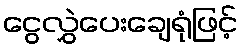
ငွေလွှဲပေးချေရုံဖြင့်